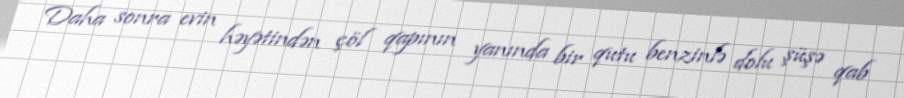
Daha sonra evin həyətindən çöl qapının yanında bir qutu benzinlə dolu şüşə qab